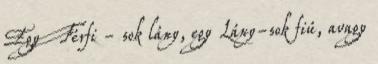
Egy Férfi - sok lány, egy Lány-sok fiú, avagy